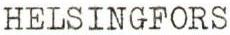
HELSINGFORS